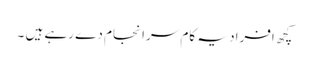
کچھ افراد یہ کام سرا نجام دے رہے ہیں ۔